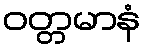
ဝတ္တမာနံ